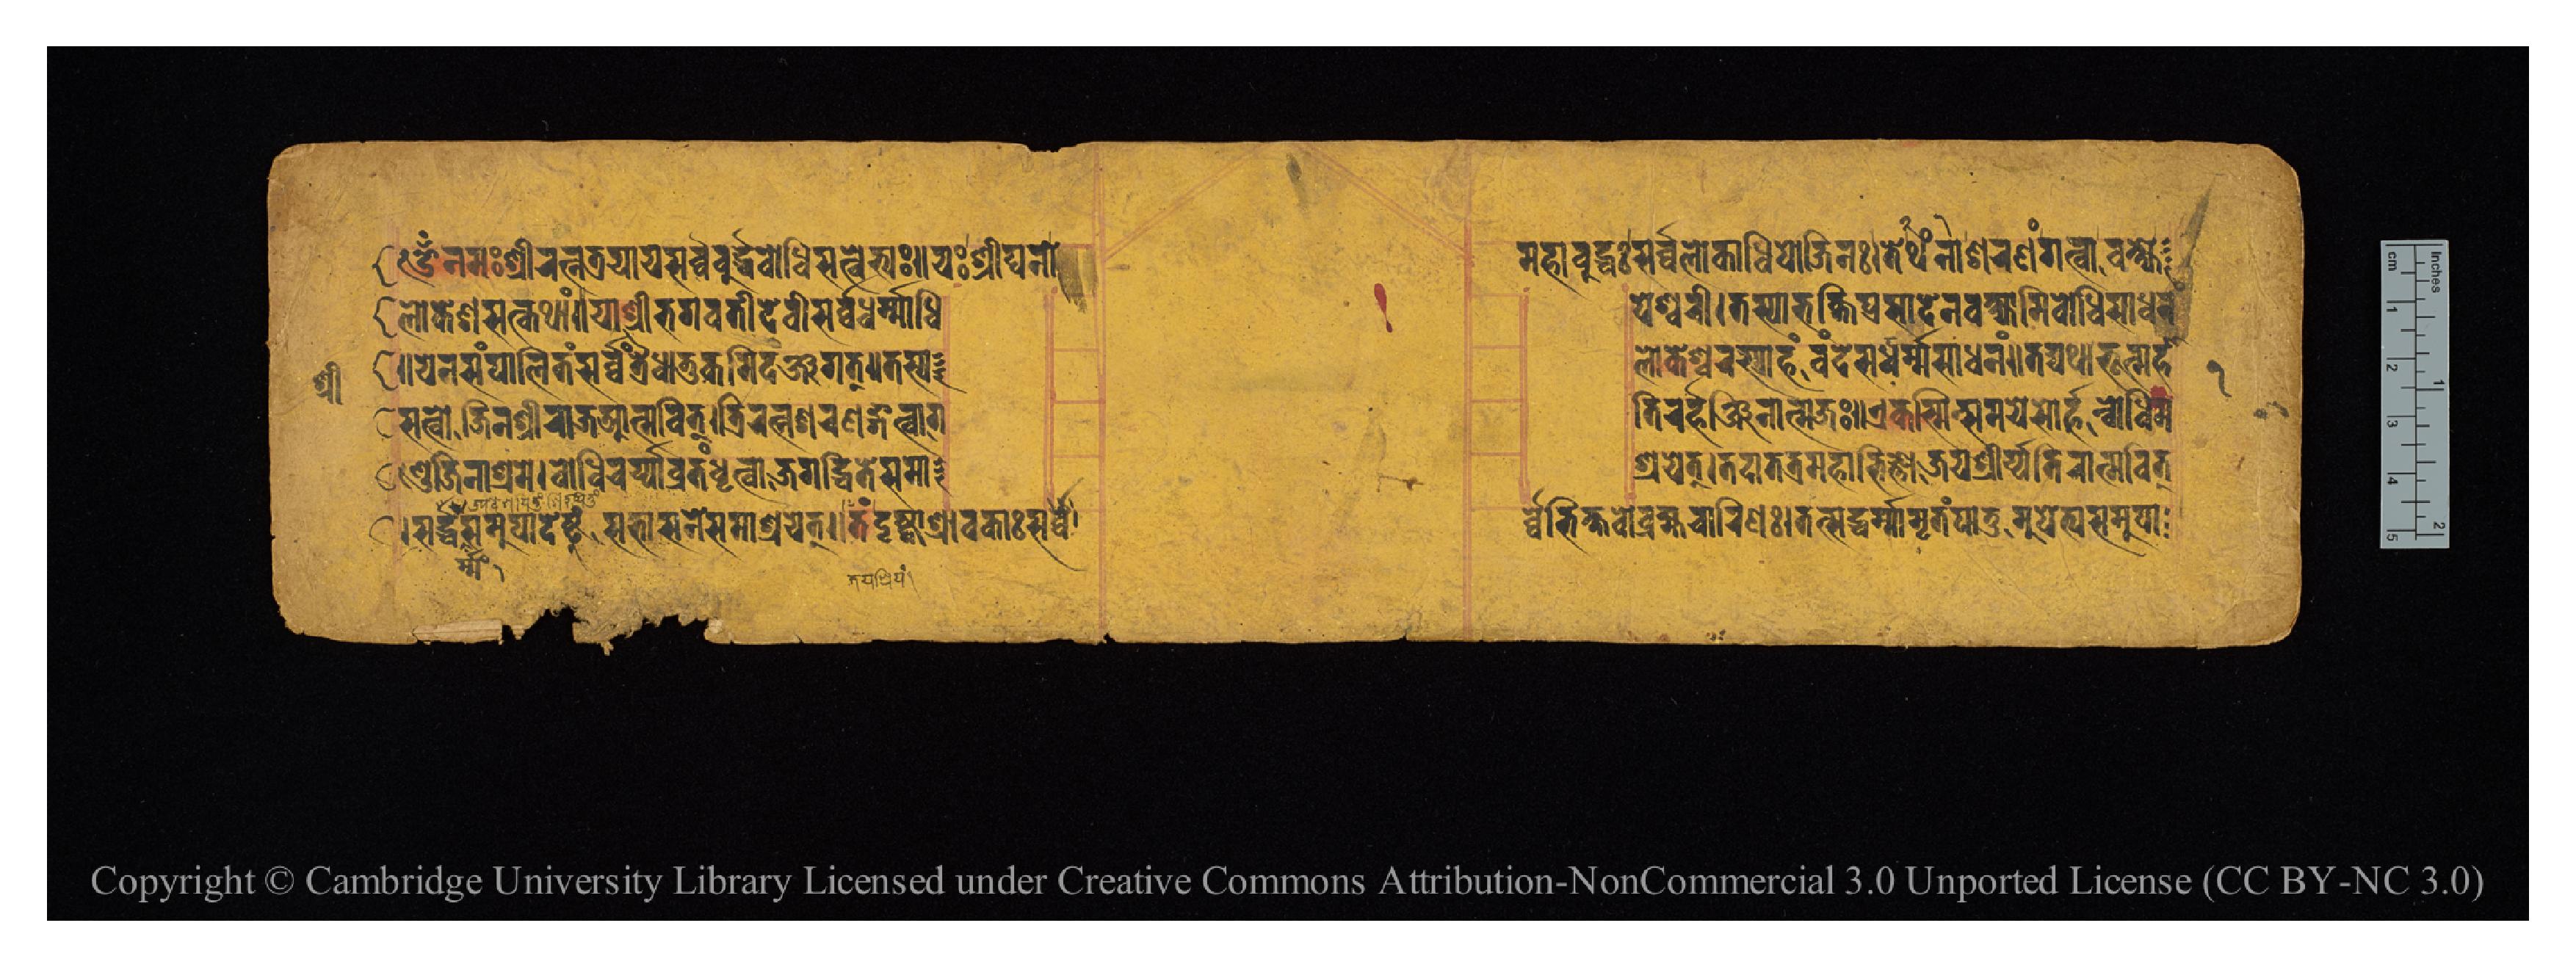
𑐌𑑄𑐣𑐩𑑅𑐱𑑂𑐬𑐷𑐬𑐟𑑂𑐣𑐟𑑂𑐬𑐫𑐵𑐫𑐳𑐬𑑂𑐰𑑂𑐰𑐧𑐸𑐡𑑂𑐢𑐧𑑀𑐢𑐶-𑐳𑐟𑑂𑐰𑐾𑐨𑑂𑐫𑑅𑑌𑐫𑑅𑐱𑑂𑐬𑐷𑐑𑐣𑑀  𑐩𑐴𑐵𑐧𑐸𑐡𑑂𑐢𑑅𑐳𑐬𑑂𑐰𑑂𑐰𑐮𑑀𑐎𑐵𑐢𑐶𑐥𑑀𑐖𑐶𑐣𑑅𑑋𑐟𑐾𑐠𑑄𑐣𑐵𑐱𑐬𑐞𑑄𑐐𑐟𑑂𑐰𑐵𑐰𑐎𑑂𑐲𑑂𑐫𑐾 𑐮𑑀𑐎𑐾𑐱𑐳𑐟𑑂𑐎𑐠𑐵𑑄𑑌𑐫𑐵𑐱𑑂𑐬𑐷𑐨𑐐𑐰𑐟𑐷𑐡𑐾𑐰𑐷𑐳𑐬𑑂𑐰𑑂𑐰𑐢𑐬𑑂𑐩𑑂𑐩𑐵𑐢𑐶  𑐥𑐾𑐱𑑂𑐰𑐬𑐷𑑋𑐟𑐳𑑂𑐫𑐵𑐨𑐎𑑂𑐟𑐶𑐥𑑂𑐬𑐳𑐵𑐡𑐾𑐣𑐰𑐎𑑂𑐲𑑂𑐫𑐵𑐩𑐶𑐧𑑀𑐢𑐶𑐳𑐵𑐢𑐣𑑄 𑑌𑐫𑐾𑐣𑐳𑑄𑐥𑐵𑐮𑐶𑐟𑑄𑐳𑐬𑑂𑐰𑑂𑐰𑑄𑐟𑑂𑐬𑐿𑐢𑐵𑐟𑐸𑐎𑐩𑐶𑐡𑐘𑑂𑐖𑐐𑐟𑑂𑑌𑐟𑐳𑑂𑐫  𑐮𑑀𑐎𑐾𑐱𑑂𑐰𑐬𑐳𑑂𑐫𑐵𑐴𑑄𑐰𑑄𑐡𑐾𑐳𑐵𑐢𑐬𑑂𑐩𑑂𑐩𑐳𑐵𑐢𑐣𑑄𑑌𑐟𑐡𑑂𑐫𑐠𑐵𑐨𑐹𑐣𑑂𑐩𑐴𑐵 𑐳𑐟𑑂𑐰𑑀𑐖𑐶𑐣𑐱𑑂𑐬𑐷𑐬𑐵𑐖𑐁𑐟𑑂𑐩𑐰𑐶𑐟𑑂𑑋𑐟𑑂𑐬𑐶𑐬𑐟𑑂𑐣𑐱𑐬𑐞𑑄𑐐𑐟𑑂𑐰𑐵𑐐  𑐟𑐶𑐬𑐬𑑂𑐴𑐘𑑂𑐖𑐶𑐣𑐵𑐟𑑂𑐩𑐖𑑅𑑌𑐊𑐎𑐳𑑂𑐩𑐶𑐣𑑂𑐳𑐩𑐫𑐾𑐳𑑀𑐬𑑂𑐴𑐣𑑂𑐧𑑀𑐢𑐶𑐩 𑐞𑑂𑐜𑐾𑐖𑐶𑐣𑐵𑐱𑑂𑐬𑐩𑐾𑑋𑐧𑑀𑐢𑐶𑐔𑐬𑑂𑐫𑑂𑐫𑐵𑐰𑑂𑐬𑐟𑑄𑐢𑐺𑐟𑑂𑐰𑐵𑐖𑐐𑐡𑑂𑐢𑐶𑐟𑑂𑐰𑐾𑐳𑐩𑐵  𑐱𑑂𑐬𑐫𑐟𑑂𑑋𑐟𑐡𑐵𑐟𑐟𑑂𑐬𑐩𑐴𑐵𑐨𑐶𑐖𑑂𑐘𑑀𑐖𑐫𑐱𑑂𑐬𑐷𑐬𑑂𑐫𑑂𑐫𑐟𑐶𑐬𑐵𑐟𑑂𑐩𑐰𑐶𑐟𑑂 𑐳𑐡𑑂𑐢𑑄𑐳𑐩𑐸𑐥𑐵𑐡𑐾𑐲𑑂𑐚𑐸𑑄𑐳𑐨𑐵𑐳𑐣𑐾𑐳𑐩𑐵𑐱𑑂𑐬𑐫𑐟𑑂𑑌𑐟𑑄𑐡𑐺𑐲𑑂𑐚𑑂𑐰𑐵𑐱𑑂𑐬𑐵𑐰𑐎𑐵𑑅𑐳𑐬𑑂𑐰𑑂𑐰𑐾  𑐰𑑂𑐰𑐾𑐨𑐶𑐎𑑂𑐲𑐰𑑀𑐧𑑂𑐬𑐴𑑂𑐩𑐔𑐵𑐬𑐶𑐞𑑅𑑋𑐟𑐟𑑂𑐳𑐡𑑂𑐢𑐬𑑂𑐩𑐵𑐩𑐺𑐟𑑄𑐥𑐵𑐟𑐸𑐩𑐸𑐥𑐾𑐟𑑂𑐫𑐳𑐩𑐸𑐥𑐵 𑑑 𑐱𑑂𑐬𑐷